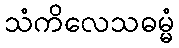
သံကိလေသဓမ္မံ